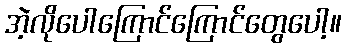
အဲ့လိုပေါကြောင်ကြောင်တွေပေါ့။